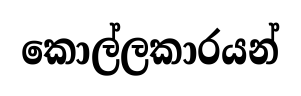
කොල්ලකාරයන්